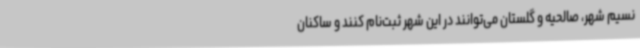
نسیم شهر، صالحیه و گلستان می‌توانند در این شهر ثبت‌نام کنند و ساکنان